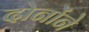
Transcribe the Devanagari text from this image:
दोनोंने